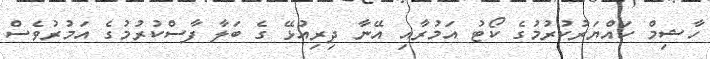
ހާޝިމް ހައްޔަރުކުރުމުގެ ކޯޓު އަމުރާއި އޭނާ ދިރިއުޅޭ ގެ ބަލާ ފާސްކުރުމުގެ އަމުރުވެސް